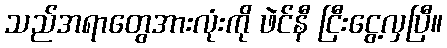
သည်အရာတွေအားလုံးကို ဖဲင်နီ ငြီးငွေ့လှပြီ။